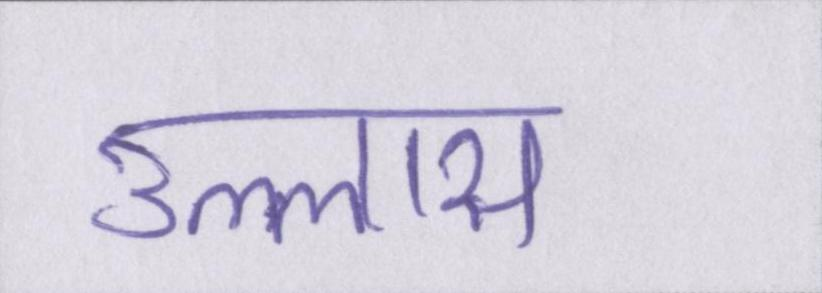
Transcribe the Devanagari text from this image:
उल्लास